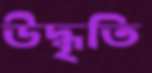
উদ্ধৃতি